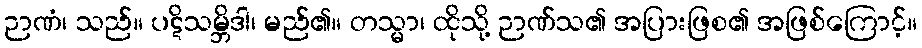
ဉာဏံ၊ သည်။ ပဋိသမ္ဘိဒါ၊ မည်၏။ တသ္မာ၊ ထိုသို့ ဉာဏ်သ၏ အပြားဖြစ၏ အဖြစ်ကြောင့်။